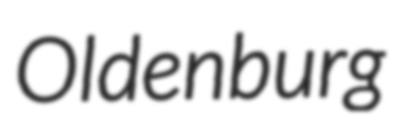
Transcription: Oldenburg